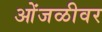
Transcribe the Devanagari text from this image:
ओंजळीवर